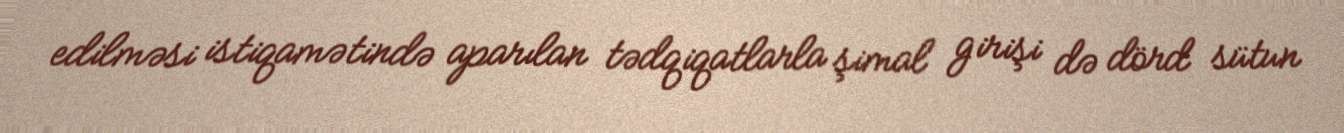
edilməsi istiqamətində aparılan tədqiqatlarla şimal girişi də dörd sütun